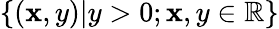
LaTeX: \{ (\mathbf{x},y)|y>0;\mathbf{x},y\in\mathbb{{R}}\}